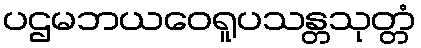
ပဌမဘယဝေရူပသန္တသုတ္တံ